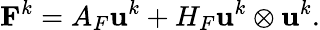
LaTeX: \mathbf{F}^{k}=A_{F}\mathbf{u}^{k}+H_{F}\mathbf{u}^{k}\otimes\mathbf{u}^{k}.